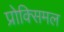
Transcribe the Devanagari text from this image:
प्रोक्सिमल